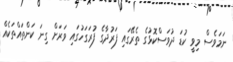
ނަމަވެސް މިވީ ކުޑަ ދުވަސްކޮޅުގެ ތެރޭގައި ފަރުދާގެ ފުރަގަހުގައި ވަރަށް ގިނަ ކަންތައްތަކެއް